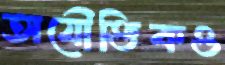
অযৌক্তিকও